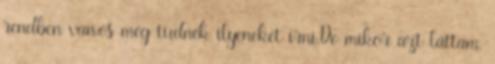
rendben van.és még tudnék ilyeneket írni.De mikor azt láttam,